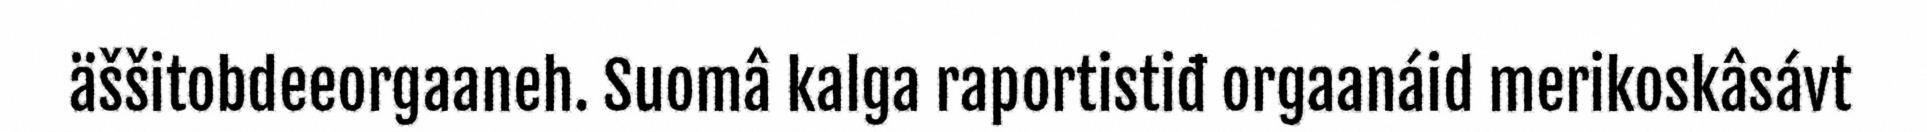
äššitobdeeorgaaneh. Suomâ kalga raportistiđ orgaanáid merikoskâsávt